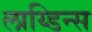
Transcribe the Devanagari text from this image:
लाय्डिन्स